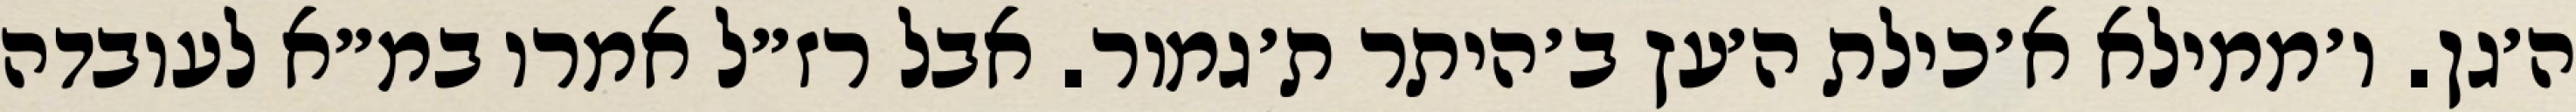
ה׳גן. ו׳ממילא א׳כילת ה׳עץ ב׳היתר ת׳גמור. אבל רז״ל אמרו במ״א לעובדה